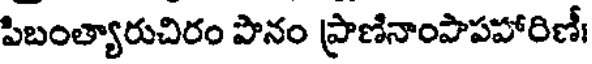
పిబంత్యారుచిరం పొనం ప్రాణినాంపాపహారిణీ।